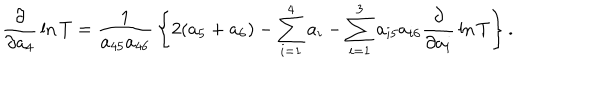
{ \frac { \partial } { \partial a _ { 4 } } } \ln T = { \frac { 1 } { a _ { 4 5 } a _ { 4 6 } } } \left\{ 2 ( a _ { 5 } + a _ { 6 } ) - \sum _ { i = 1 } ^ { 4 } a _ { i } - \sum _ { i = 1 } ^ { 3 } a _ { i 5 } a _ { i 6 } { \frac { \partial } { \partial a _ { i } } } \ln T \right\} .